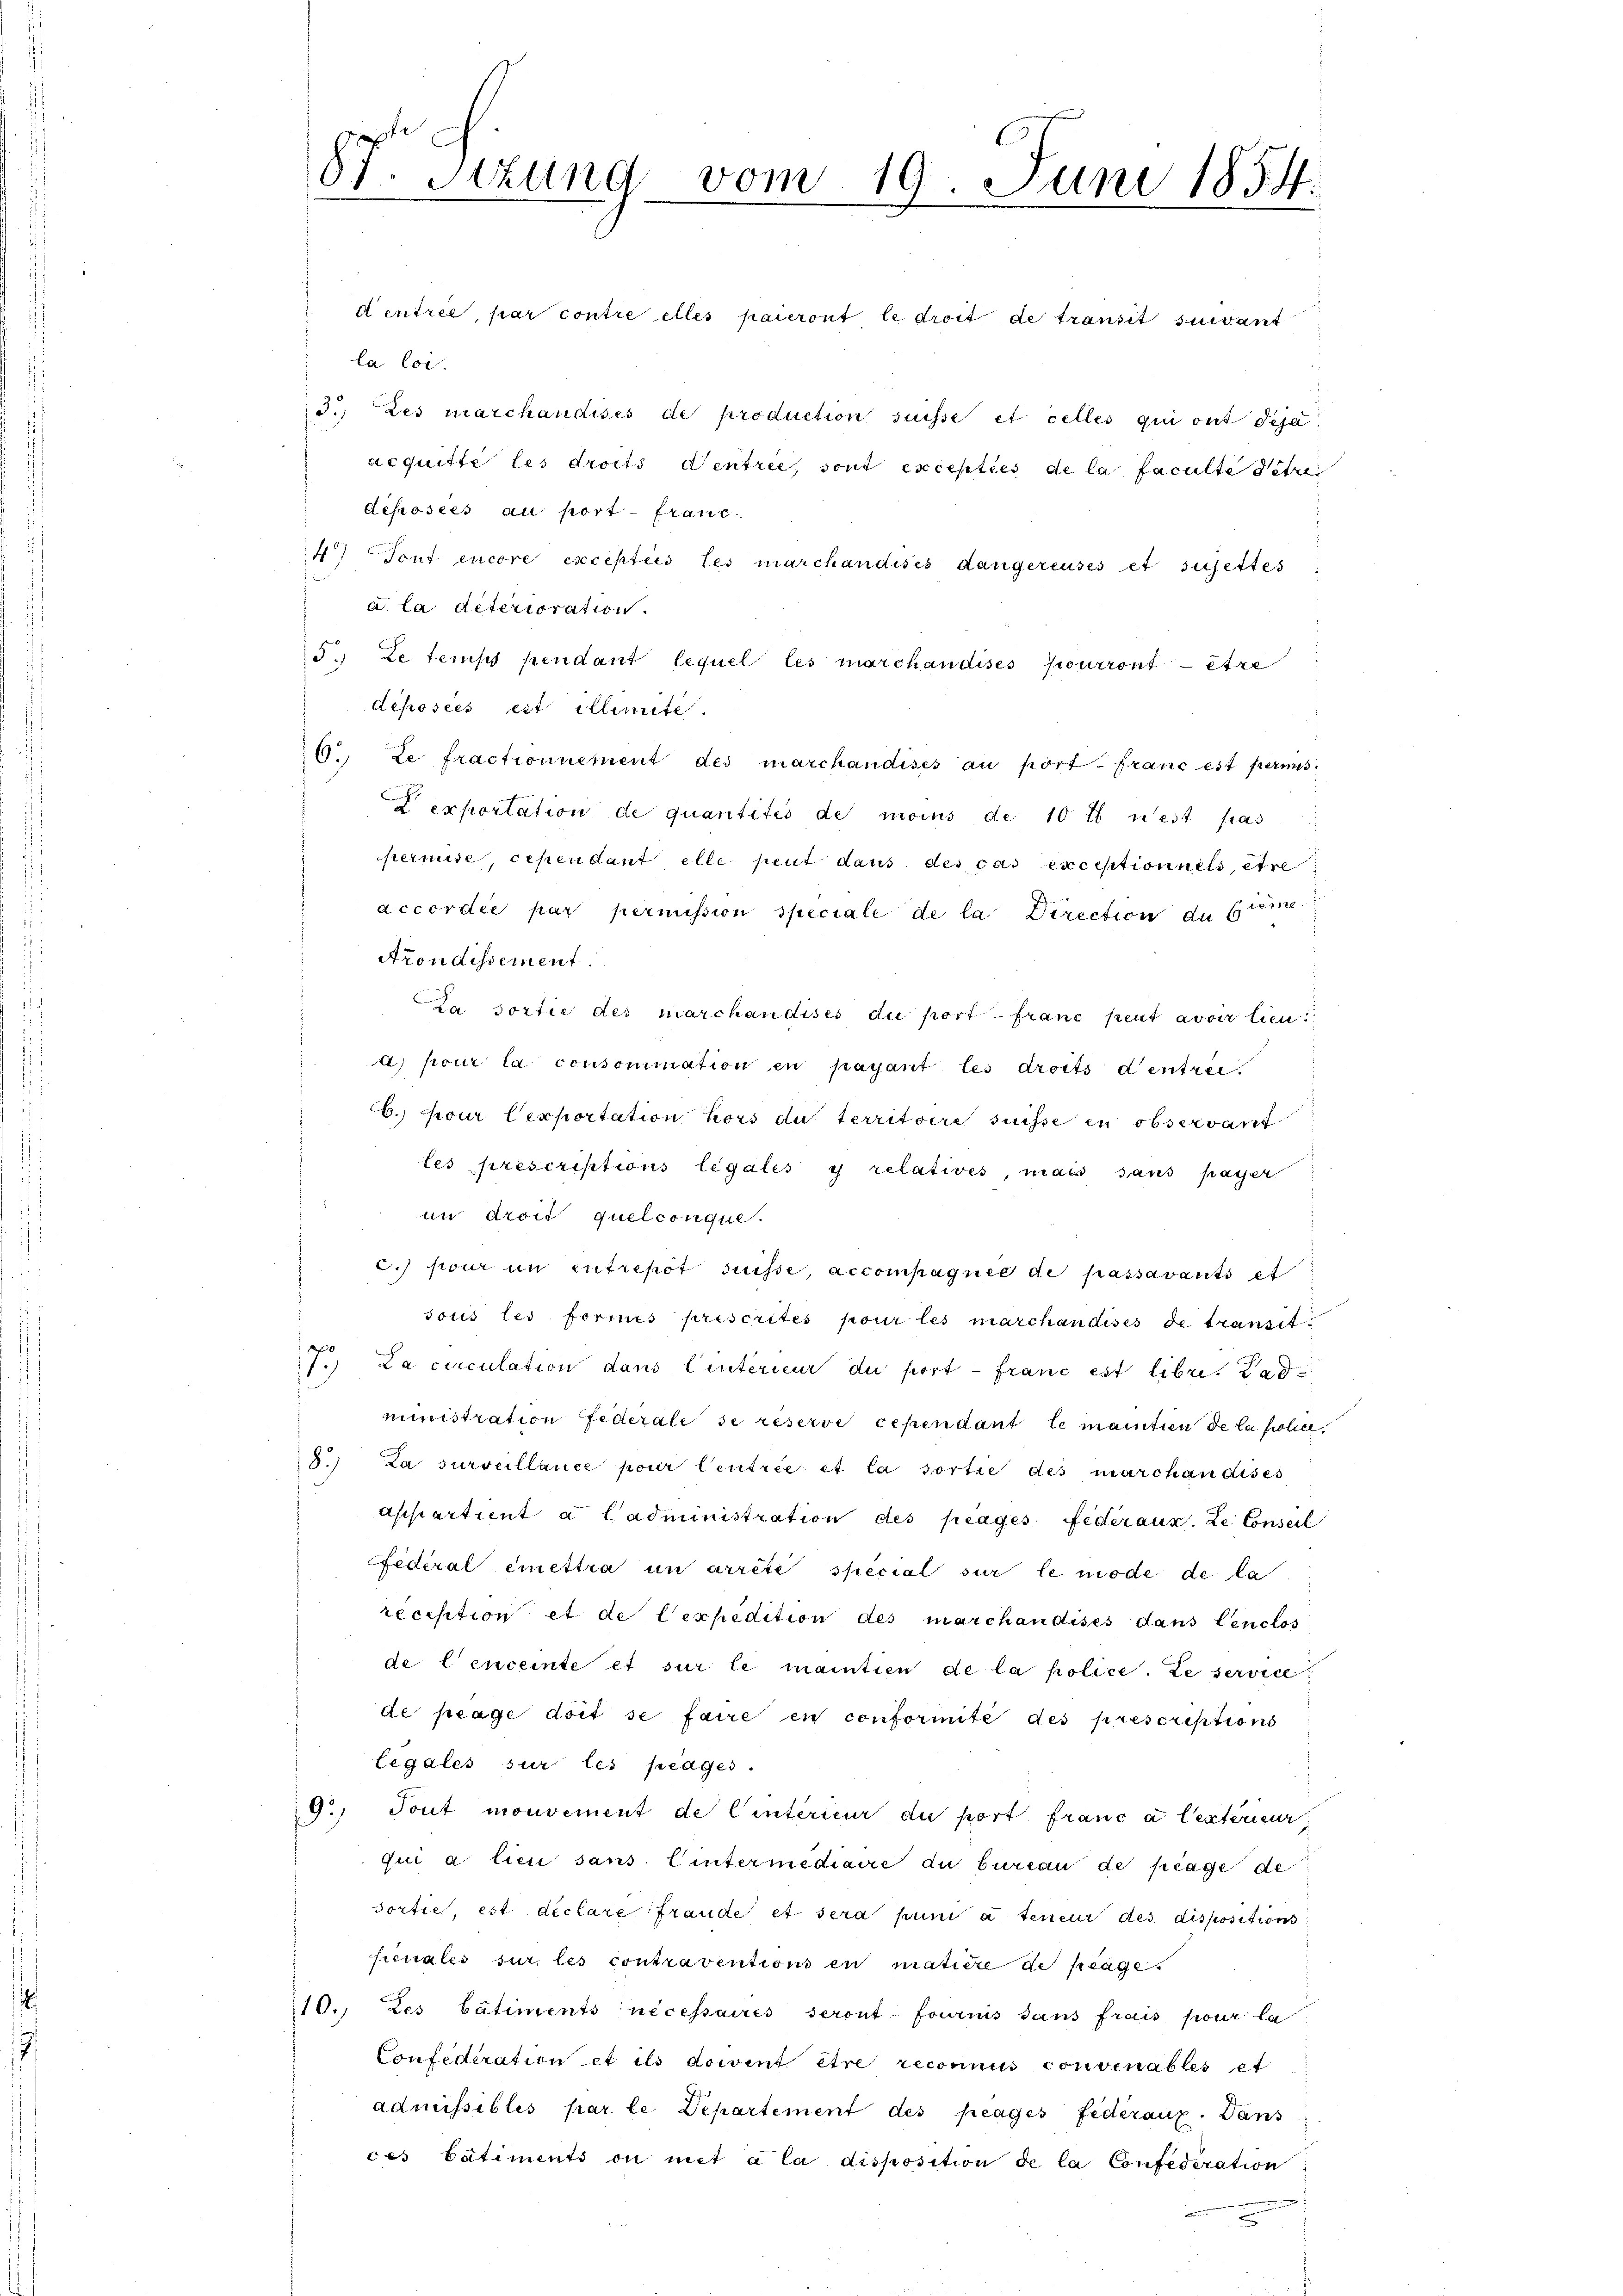
87. Stzung vom 19. Juni 1854.

dentrée, par contre elles paieront le droit de transit suivant
la loi.
3.) Des marchandises de production suisse et celles qui ont Pejaacquitte les droits Ventree, sont excepties de la faculte setze
déposées au port franc
4) Tout encore exceptées les marchandisés dangereuses et sujettes
a la diterioration.
5. Le temps pendant lequel les marchaudisés pourront être
deposies est illimite.
6. Le fractionnement des marchandises au port franc est permis
exportation de quantités de moins de 10 t n’est pas
permise, cependant elle peut dans des cas exceptionnels, et
accordée par permission speciale de la Direction du tem
e
Arondissement.
Cta sortie des marchaudises du port franc peut avoir lien
d) pour la consomination in payant les droits d’entrei
b. Jour Cexportation hors au territoire suisse in observant
tes prescriptions legales y relatives, mais sans passer
im droit quelconque.
C.) pour im entrepot suisse, accompagnie de passavants et
sous les formes prescrites pour les marchandises de transit
7.) La circulation dans Einterieur du port - franc est libr. Lad
ministration Federale se reserve cependant le maintien de la soll,
8.) La surveillance pour Centrée et la sortie des marchandises
Appartient a Cadministration des prages Federaus. Le Conseil
Federal emettra in arrête special sur le mode de la
recisition et de lexpedition des marchandises dans leuclos
de lenceinte et sur le mantien de la police. Le service
de plage doit se faire en conformité des prescriptions
legales sur les pedges.
9. Tout mouvement de linterieur du port franc a lexterier
qui a lieu sans lintermediane du bureau de plage de
dortie, est déclare fraude et sera puni à teneur des dispositions
senales sur les contraventions in matière de plage.
110. Les bâtiments nécessaires seront fournis sans frais pour la
Confederation et ils doivent être reconnus convenables et
admissibles par le Departement des frages Federanz. Dans
ces bâtiments ou met a la disposition de la Confederation